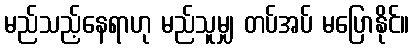
မည်သည့်နေရာဟု မည်သူမျှ တပ်အပ် မပြောနိုင်။